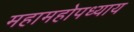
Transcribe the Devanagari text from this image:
महामहोपध्याय